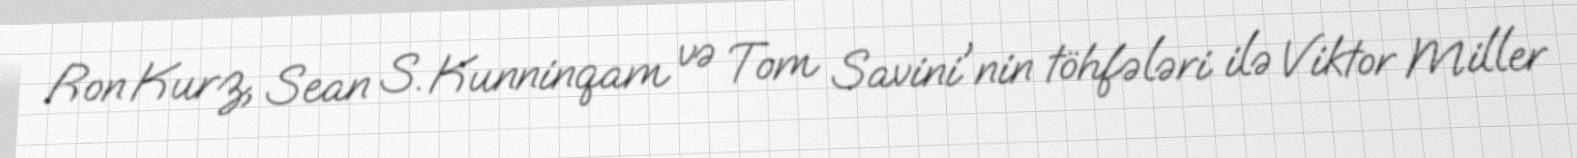
Ron Kurz, Sean S. Kunninqam və Tom Savini'nin töhfələri ilə Viktor Miller